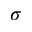
\sigma